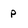
Character: p